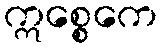
ဣစ္စေကေ